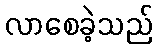
လာစေခဲ့သည်